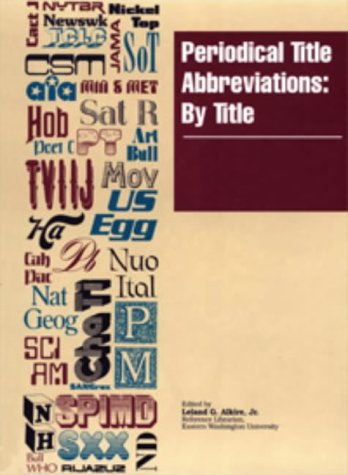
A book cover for Periodical Title Abbreviations: By Title (Periodical Title Abbreviations: Vol. 2: By Title); Humor & Entertainment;